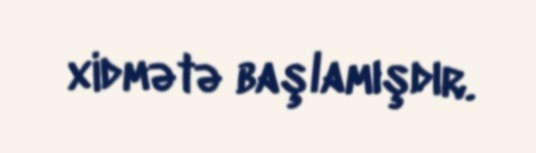
xidmətə başlamışdır.